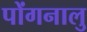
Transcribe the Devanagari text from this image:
पोंगनालु